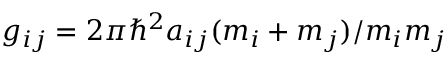
g _ { i j } = 2 \pi \hbar ^ { 2 } a _ { i j } ( m _ { i } + m _ { j } ) / m _ { i } m _ { j }